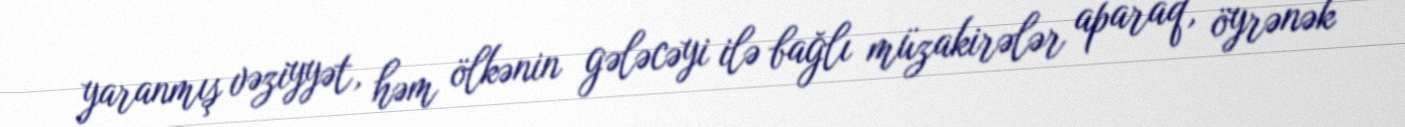
yaranmış vəziyyət, həm ölkənin gələcəyi ilə bağlı müzakirələr aparaq, öyrənək